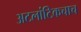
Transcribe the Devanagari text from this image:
अटलांटिकचाच